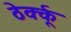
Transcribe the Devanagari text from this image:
ठेर्क्कू